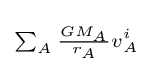
\scriptstyle \sum _{A}{\frac {GM_{A}}{r_{A}}}v_{A}^{i}